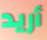
أريد